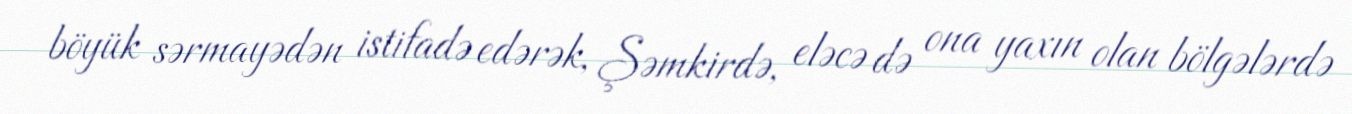
böyük sərmayədən istifadə edərək, Şəmkirdə, eləcə də ona yaxın olan bölgələrdə